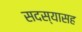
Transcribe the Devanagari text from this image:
सदस्यासह